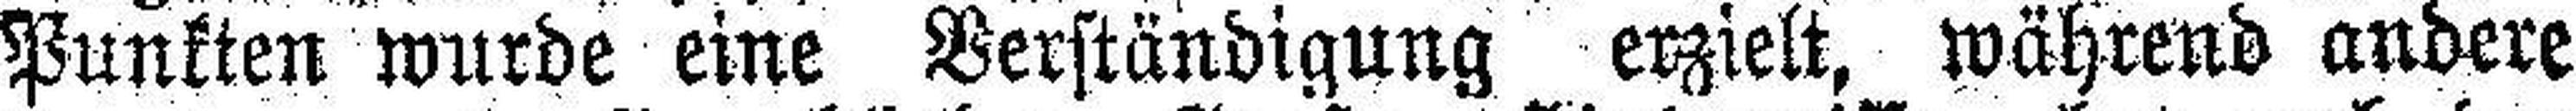
Punkten wurde eine Verständigung erzielt, während andere